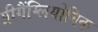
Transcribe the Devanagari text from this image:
प्रीगैंग्लियोनिक